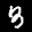
Label: 3